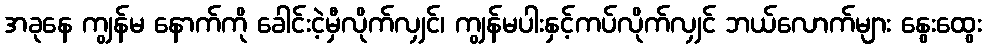
အခုနေ ကျွန်မ နောက်ကို ခေါင်းငဲ့မှီလိုက်လျှင်၊ ကျွန်မပါးနှင့်ကပ်လိုက်လျှင် ဘယ်လောက်များ နွေးထွေး